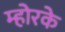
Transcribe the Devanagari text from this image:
म्होरके